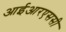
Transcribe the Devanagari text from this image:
आईआरएससी